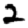
Digit: 2